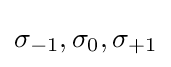
\sigma _{-1},\sigma _{0},\sigma _{+1}